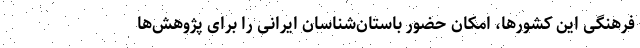
فرهنگی این کشورها، امکان حضور باستان‌شناسان ایرانی را برای پژوهش‌ها